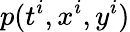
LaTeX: p(t^{i},x^{i},y^{i})